Report on lock hospitals in British Burma
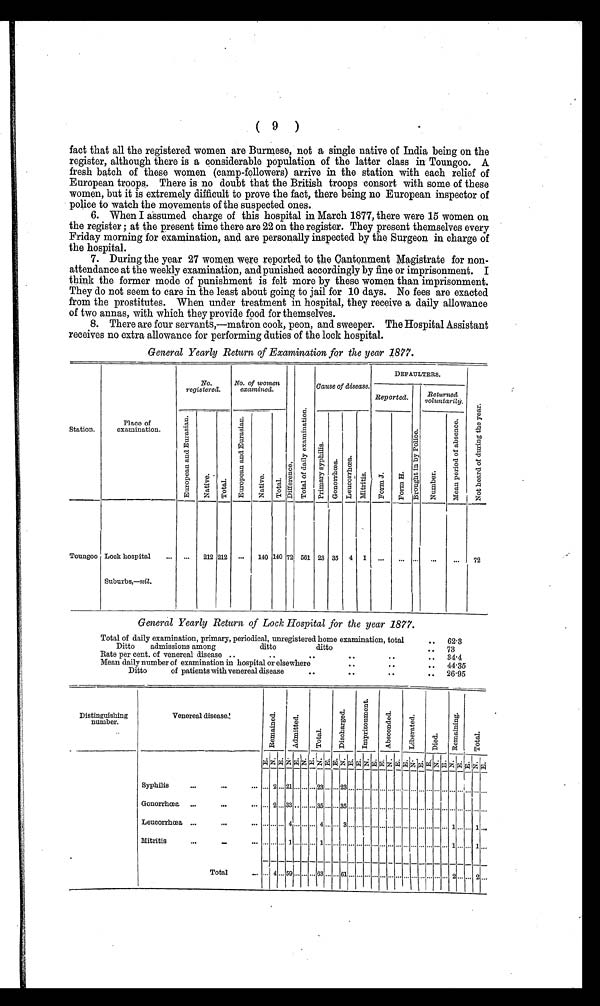
( 9)
fact that all the registered women are Burmese, not a single native of India being on the
register, although there is a considerable population of the latter class in Toungoo. A
fresh batch of these women (camp-followers) arrive in the station with each relief of
European troops. There is no doubt that the British troops consort with some of these
women, but it is extremely difficult to prove the fact, there being no European inspector of
police to watch the movements of the suspected ones.
6. When I assumed charge of this hospital in March 1877, there were 15 women on
the register ; at the present time there are 22 on the register. They present themselves every
Friday morning for examination, and are personally inspected by the Surgeon in charge of
the hospital.
7. During the year 27 women were reported to the Cantonment Magistrate for non-
attendance at the weekly examination, and punished accordingly by fine or imprisonment. I
think the former mode of punishment is felt more by these women than imprisonment.
They do not seem to care in the least about going to jail for 10 days. No fees are exacted
from the prostitutes. When under treatment in hospital, they receive a daily allowance
of two annas, with which they provide food for themselves.
8. There are four servants,—matron cook, peon, and sweeper. The Hospital Assistant
receives no extra allowance for performing duties of the lock hospital.
General Yearly Return of Examination for the year 1877.
Station.
Place of
examination.
N o .
registered.
No.o f W o m e n
e x a m i n e d .
D i f f e r e n c e .
T o t a l o f d a i l y e x a m i n a t i o n .
Cause of disease.
DEFAULTERS .
N o t h e a r d o f d u r i n g t h e y e a r .
Reported.
B r o u g h t i n b y P o l i c e .
R e t u r n e d v o l u n t a r i l y .
E u r o p e a n a n d E u r a s i a n .
N a t i v e .
T o t a l .
E u r o p e a n a n d E u r a s i a n .
N a t i v e .
T o t a l .
P r i m a r y s y p h i l i s .
G o n o r r h o e a . L e u c o r r h o e a . M i t r i t i s .
For m J .
F o r m H .
N u m b e r .
M e a n p e r i o d o f a b s e n c e .
Toungoo Lock hospital
. . .
S u b u r b s , — n i l .
. . .
212 212
. . .
140
1 4 0 7 2 561 23 35
4
1 ... ...
. . .
. . .
...
7 2
General Yearly Return of Lock Hospital for the year 1877.
Total of daily examination, primary, periodical, unregistered home examination, total
. .
62.3
Ditto
admissions among
ditto
ditto
. .
73
Rate per cent, of venereal disease . .
. .
. .
. .
. .
. .
34..4
Mean daily number of examination in hospital or elsewhere
. .
. .
. .
44.35
Ditto
of patients with venereal disease
. .
. .
. .
. .
26.95
Distinguishing
number.
Venereal d i s e a s e .
R e m a i n e d .
A d m i t t e d .
T o t a l .
D i s c h a r g e d .
I m p r i s o n m e n t .
A b s c o n d e d .
L i b e r a t e d .
D i e d .
R e m a i n i n g .
T o t a l .
E .
N. E . N . E . N. E .
N. E . E . N. E . E . N . E . E . N . E . E . N . E . E . N . E .
N. E . E .
N . E
Syphilis
. . .
. . . ...
. . .
2 . . . 2 1 . . .
... . . .
23 . . . . . . . .
23 . . . . . . . . . . . . . . . . . . . . . . . . . . . . . . . . . . . . . . .
... . . . . . .
...
. . .
Gonorrhea
. . .
. . .
...
. . .
2 . . . 3 3 . . .
... . . .
35 . . . . . .
35 . . . . . . . . . . . . . . . . . . . . . . . . . . . . . . . . . . . . . . . .
... . . . . . .
...
. . .
Leucorrhoe a . . .
. . . ...
... . . . . 4 . . .
... . . .
4 . . . . . .
3 . . . . . . . . . . . . . . . . . . . . . . . . . . . . . . . . . . . . . . .
1 . . . . . . 1
. . .
Mitritis.
. . .
. . . ...
. . . .
.... . . . . 1 . . .
... . . .
1 . . . . . .
... . . . . . . . . . . . . . . . . . . . . . . . . . . . . . . . . . . . . . . .
1 . . . . . .
1
. . .
T o t a l . . .
. . .
4 . . . 5 9 . . .
... . . .
63 . . . . . .
61 . . . . . . . . . . . . . . . . . . . . . . . . . . . . . . . . . . . . . . .
2 . . . . . .
2
. . .